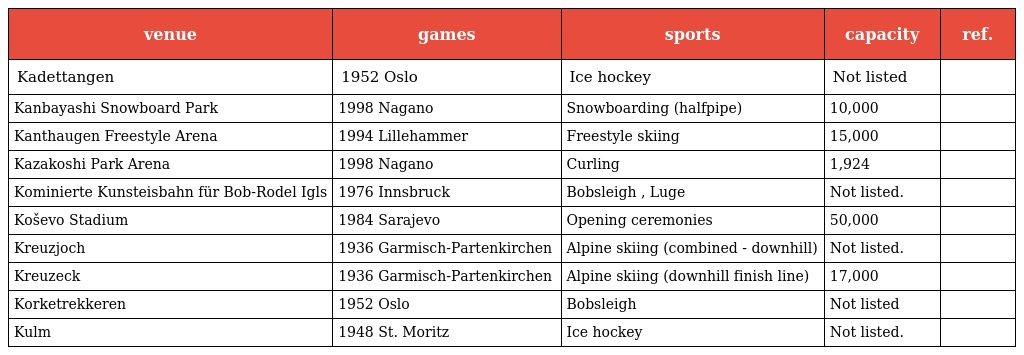
| venue | games | sports | capacity | ref. |
 | --- | --- | --- | --- | --- |
 | Kadettangen | 1952 Oslo | Ice hockey | Not listed |  |
 | Kanbayashi Snowboard Park | 1998 Nagano | Snowboarding (halfpipe) | 10,000 |  |
 | Kanthaugen Freestyle Arena | 1994 Lillehammer | Freestyle skiing | 15,000 |  |
 | Kazakoshi Park Arena | 1998 Nagano | Curling | 1,924 |  |
 | Kominierte Kunsteisbahn für Bob-Rodel Igls | 1976 Innsbruck | Bobsleigh , Luge | Not listed. |  |
 | Koševo Stadium | 1984 Sarajevo | Opening ceremonies | 50,000 |  |
 | Kreuzjoch | 1936 Garmisch-Partenkirchen | Alpine skiing (combined - downhill) | Not listed. |  |
 | Kreuzeck | 1936 Garmisch-Partenkirchen | Alpine skiing (downhill finish line) | 17,000 |  |
 | Korketrekkeren | 1952 Oslo | Bobsleigh | Not listed |  |
 | Kulm | 1948 St. Moritz | Ice hockey | Not listed. |  |